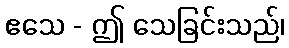
ဧသေ - ဤ သေခြင်းသည်၊